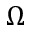
\Omega